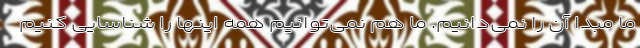
ما مبدا آن را نمی‌دانیم. ما هم نمی‌توانیم همه اینها را شناسایی کنیم